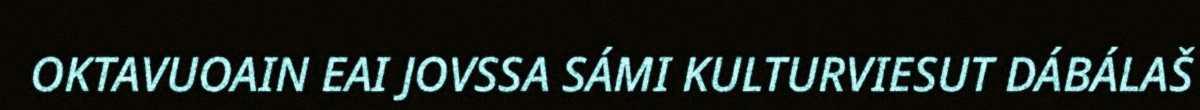
OKTAVUOAIN EAI JOVSSA SÁMI KULTURVIESUT DÁBÁLAŠ